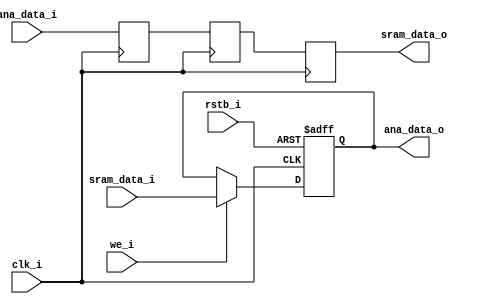
/* same address, but dig->ana and ana->dig are different path. */ 
module regmap_cell_rw(
  //-----SRAM Interface-------
  clk_i,       // Clock Input
  rstb_i,      // Reset Input
  we_i,        // Write Enable
  sram_data_i, // Data Input
  sram_data_o, // Data Output
  //-----Analog Interface-------
  ana_data_i,  // Data Input
  ana_data_o   // Data Output
);

parameter DATA_WIDTH = 16;
parameter RST_VAL    = 0;

//----------Input Ports-------------
// SRAM Interface
input                  clk_i;
input                  rstb_i;
input                  we_i;
input [DATA_WIDTH-1:0] sram_data_i;
// Analog Interface
input [DATA_WIDTH-1:0] ana_data_i;

//----------Output Ports-------------
// SRAM Interface
output [DATA_WIDTH-1:0] sram_data_o;
// Analog Interface
output [DATA_WIDTH-1:0] ana_data_o;

//----------Internal Variables-------------
reg  [DATA_WIDTH-1:0] ana_data_reg1;
reg  [DATA_WIDTH-1:0] ana_data_reg2;
reg  [DATA_WIDTH-1:0] cell_data_reg_wr;
reg  [DATA_WIDTH-1:0] cell_data_reg_rd;

//----------Code Start Here-------------
assign sram_data_o = cell_data_reg_rd;
assign ana_data_o  = cell_data_reg_wr;

always @(posedge clk_i) begin
  ana_data_reg1 <= ana_data_i;  
  ana_data_reg2 <= ana_data_reg1;
  cell_data_reg_rd <= ana_data_reg2;
end

always @(posedge clk_i or negedge rstb_i) begin
  if (rstb_i == 1'b0) begin
    cell_data_reg_wr <= RST_VAL;
  end
  else begin
    if (we_i == 1'b1) begin
      cell_data_reg_wr <= sram_data_i;
    end
  end
end

endmodule